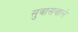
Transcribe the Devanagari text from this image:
सुवासवाले